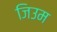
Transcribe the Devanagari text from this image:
जिउम